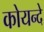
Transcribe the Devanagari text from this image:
कोयन्दे